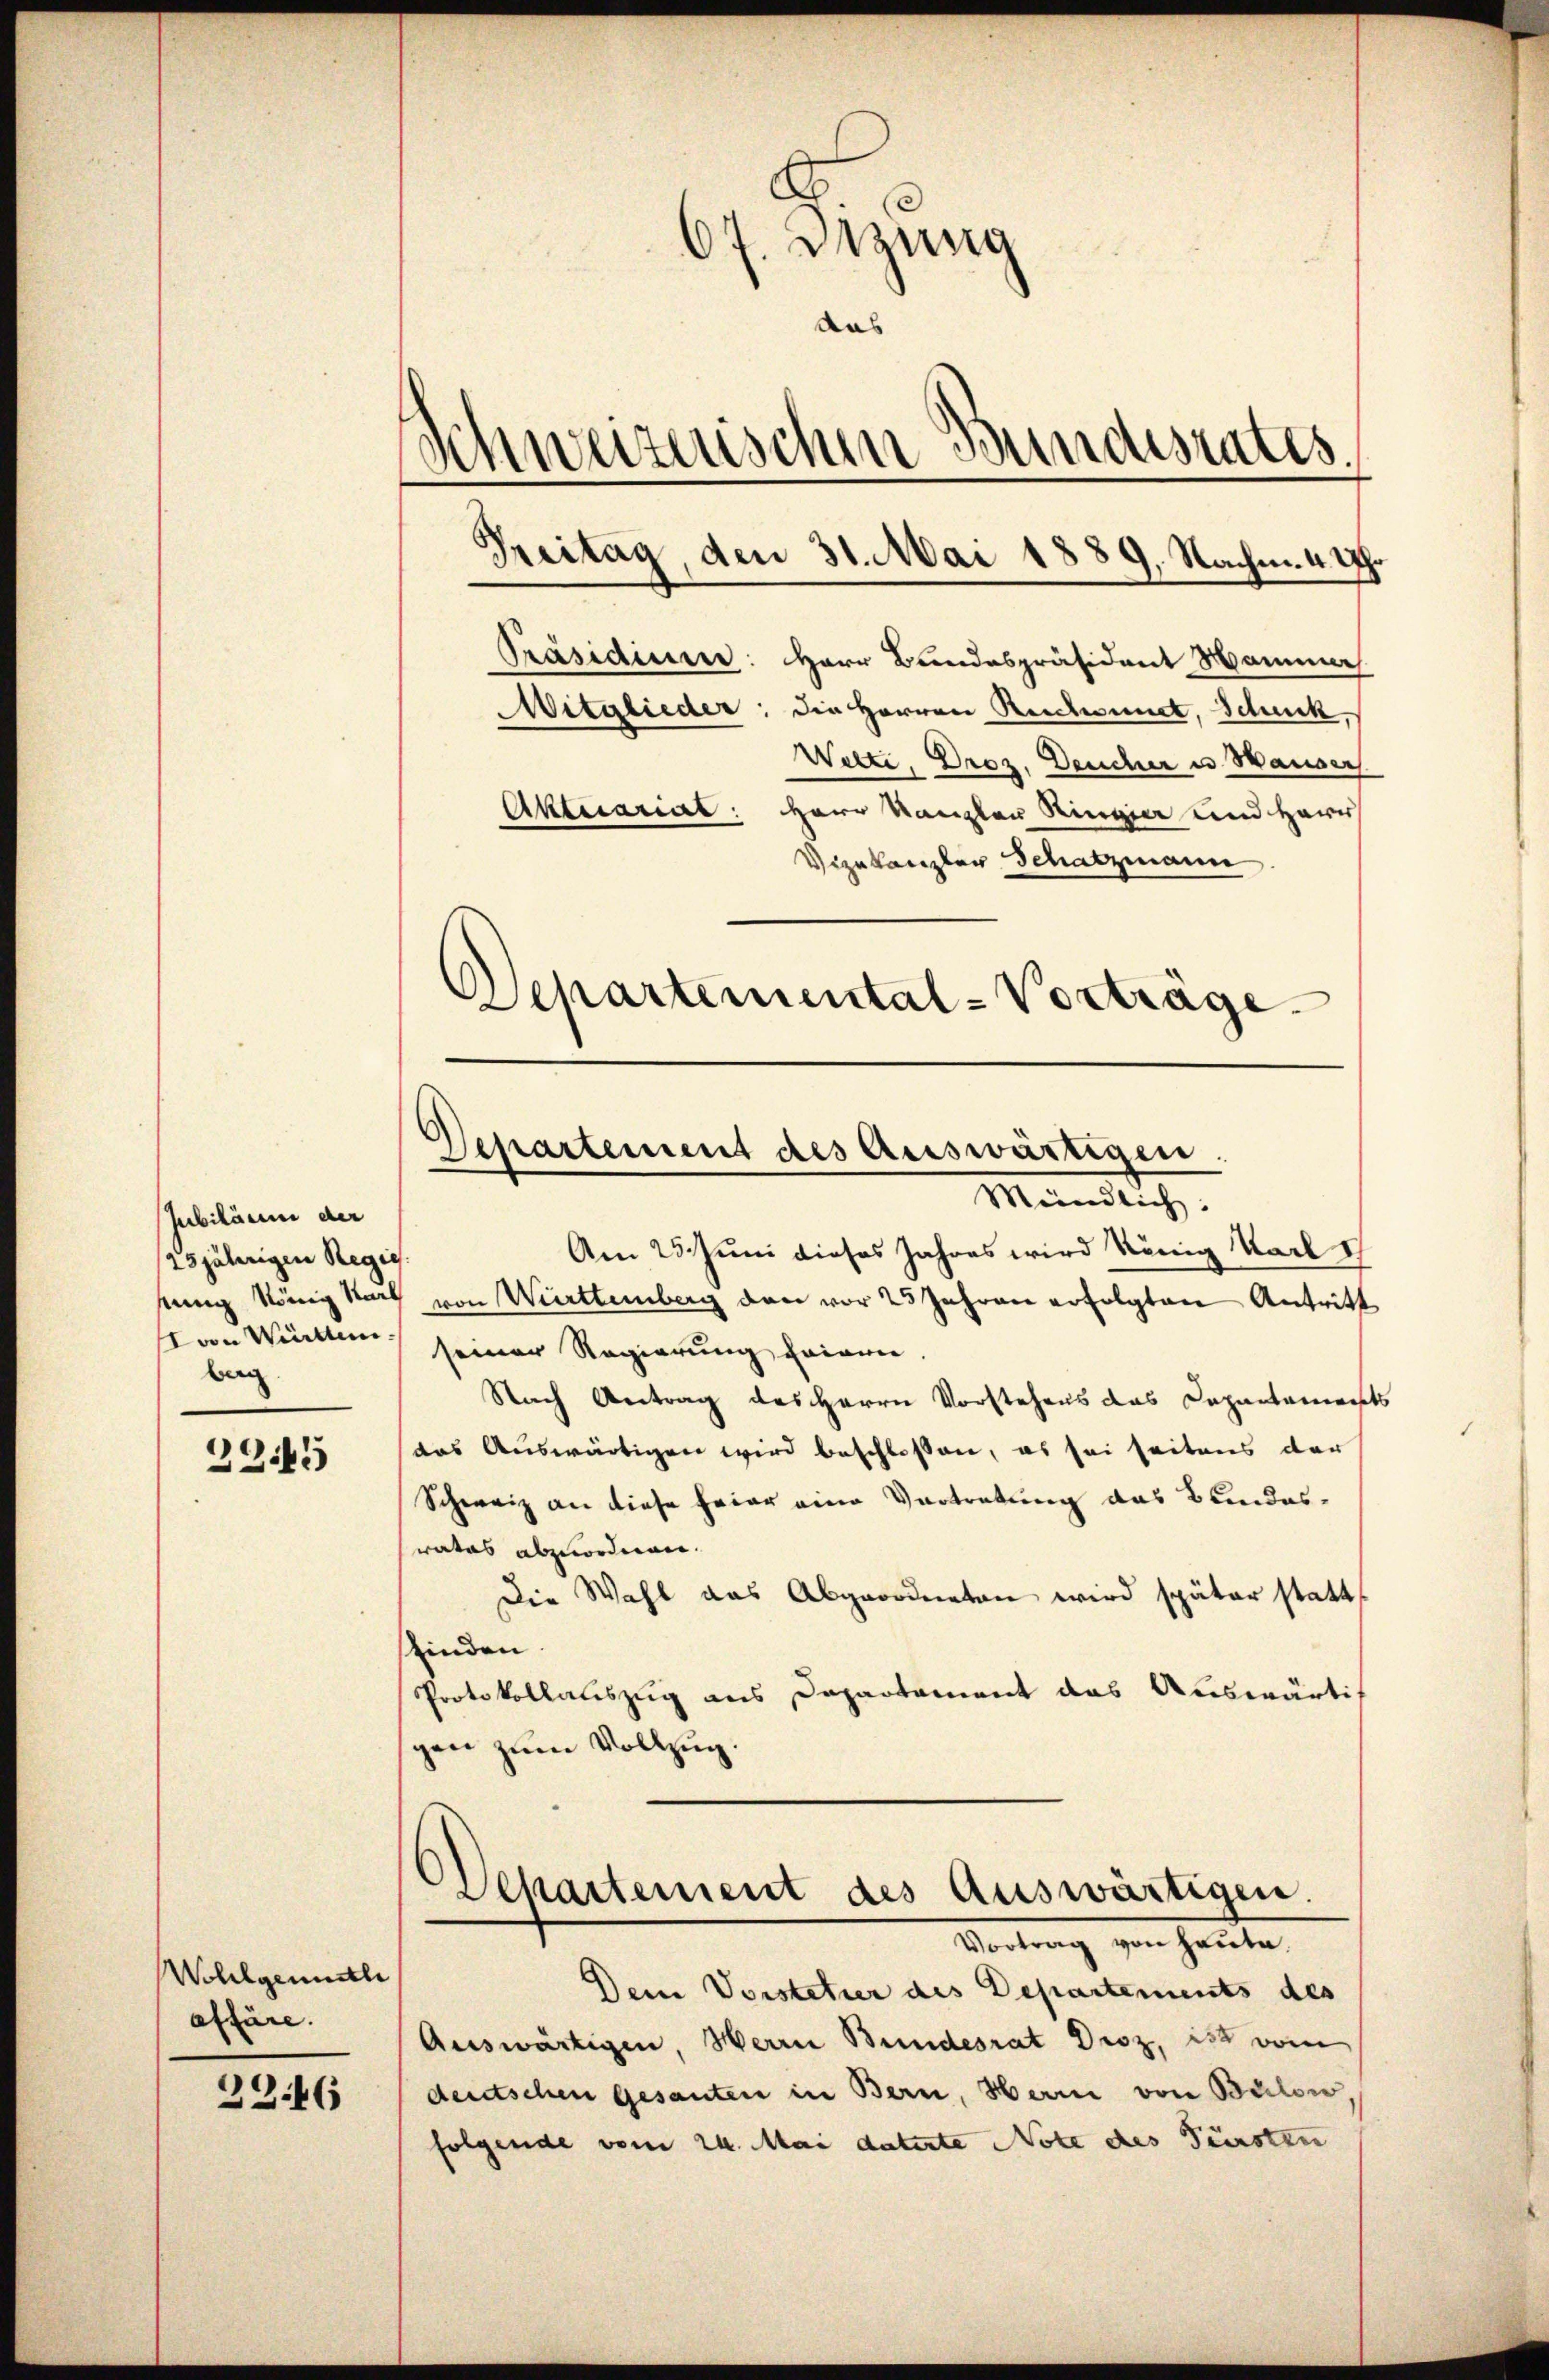
Jubiläum der
/25jährigen Regie
sinnig König Narb
von Württem.
barg

23445

Wohlgemuth
affäre.

23.46

E
67. Deung
das
Schweizerischen Bundesrates.
Treitag, den 31. Mai 1889, Nachm. 4 Uhr
Präsidium: Herr Bundespräsident Mammer
Mitglieder: die Herren Reichwundt, Schuck,
Wetti, Droz, Deucher u. Hauser
Aktuarial: Herr Kanzlau Ringia und Herr
Vizekanzler Schatzmann

Departement des Auswärtigen.
Mündlich:

Schartemental-Vorträge.

Am 25. Juni dieses Jahres wird könig Karl I
von Württemberg den vor 25 Jahren erfolgten Antritt
seiner Regierung frieren.
Nach Antrag des Herrn Vorstehens das Departaments
das Auswärtigen wird beschlossen, es sei seitens der
Schweiz an diese Feier eine Vortretung das Bundesratas abzuordnen.
Die Wahl das Abgeordneten wird später statt
finden.
Protokollauszug aus Departament das Auswärtig
gen zum Vollzug.
Aepartement des Auswärtigen.
Vertrag von heute
Dein Vorstetier des Departements des
Auswärtigen, Herrn Bundesrat Droz, ist vom
deutschen Gesanten in Bern, Herrn von Bülow,
folgende vom 24. Mai datirte Note des Fürsten